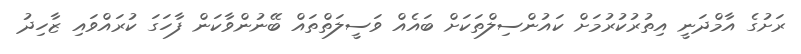
ރަށުގެ އާމްދަނީ އިތުރުކުރުމަށް ކައުންސިލްތަކަށް ބައެއް ވަސީލަތްތައް ބޭނުންވާކަން ފާހަގަ ކުރައްވައި ޒާހިދު